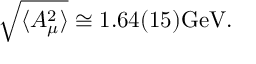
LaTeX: \sqrt { \langle A _ { \mu } ^ { 2 } \rangle } \cong 1 . 6 4 ( 1 5 ) \mathrm { G e V } .